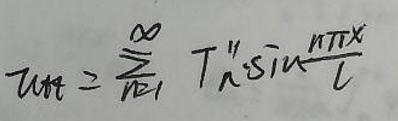
$u_{tt}=\sum_{n = 1}^{\infty}T_{n}''\sin\frac{n\pi x}{L}$